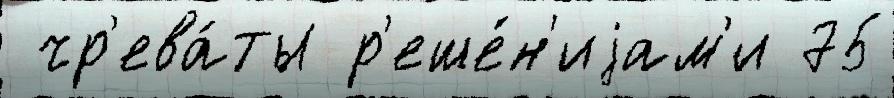
 чр'ева́ты р'еше́н'иjам'и 75